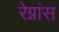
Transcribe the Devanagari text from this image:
रेग्नांस